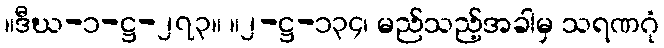
။ဒီဃ-၁-ဋ္ဌ-၂၇၃။ ။၂-ဋ္ဌ-၁၃၄၊ မည်သည့်အခါမှ သရဏဂုံ